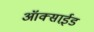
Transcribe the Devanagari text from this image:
ऑक्साई़ड